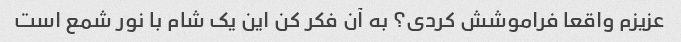
عزیزم واقعا فراموشش کردی؟ به آن فکر کن این یک شام با نور شمع است